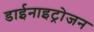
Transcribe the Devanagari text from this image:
डाईनाइट्रोजन